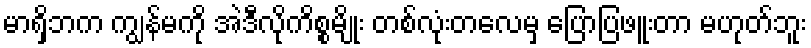
မာရှိဘက ကျွန်မကို အဲဒီလိုကိစ္စမျိုး တစ်လုံးတလေမှ ပြောပြဖူးတာ မဟုတ်ဘူး